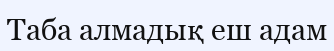
Таба алмадық еш адам